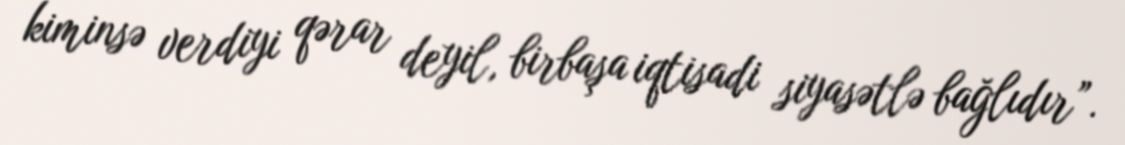
kiminsə verdiyi qərar deyil, birbaşa iqtisadi siyasətlə bağlıdır”.